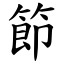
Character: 節